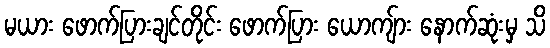
မယား ဖောက်ပြားချင်တိုင်း ဖောက်ပြား ယောကျ်ား နောက်ဆုံးမှ သိ